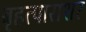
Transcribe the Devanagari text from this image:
बृहत्पाराशर